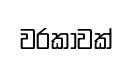
වරකාවක්